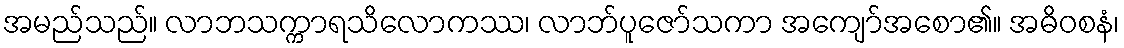
အမည်သည်။ လာဘသက္ကာရသိလောကဿ၊ လာဘ်ပူဇော်သကာ အကျော်အစော၏။ အဓိဝစနံ၊